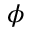
\phi